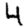
Digit: 4